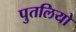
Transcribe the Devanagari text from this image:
पुतलियो